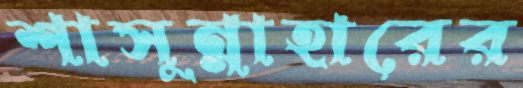
শাসুন্নাহারের